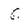
Character: G